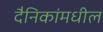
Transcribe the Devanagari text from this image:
दैनिकांमधील